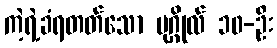
ကဲ့ရဲ့ခံရတတ်သော ပုဂ္ဂိုလ် ၁၀-ဦး